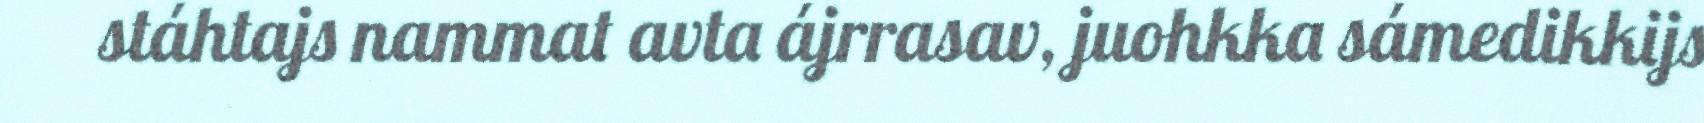
stáhtajs nammat avta ájrrasav, juohkka sámedikkijs